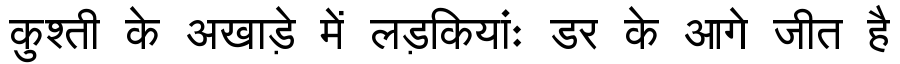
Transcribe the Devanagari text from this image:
कुश्ती के अखाड़े में लड़कियांः डर के आगे जीत है